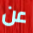
عن